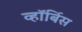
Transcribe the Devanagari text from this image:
व्हॉर्बिस